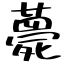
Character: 甍